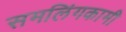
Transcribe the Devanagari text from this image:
समलिंगकामी